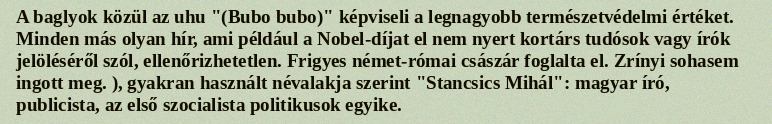
A baglyok közül az uhu "(Bubo bubo)" képviseli a legnagyobb természetvédelmi értéket. Minden más olyan hír, ami például a Nobel-díjat el nem nyert kortárs tudósok vagy írók jelöléséről szól, ellenőrizhetetlen. Frigyes német-római császár foglalta el. Zrínyi sohasem ingott meg. ), gyakran használt névalakja szerint "Stancsics Mihál": magyar író, publicista, az első szocialista politikusok egyike.